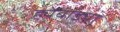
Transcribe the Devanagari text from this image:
ह्येंबाड्या